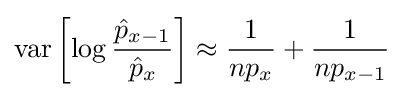
\operatorname {var} \left[\log {\frac {{\hat {p}}_{x-1}}{{\hat {p}}_{x}}}\right]\approx {\frac {1}{np_{x}}}+{\frac {1}{np_{x-1}}}